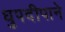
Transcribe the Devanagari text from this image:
धुपदीपाने